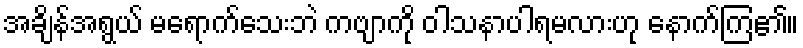
အချိန်အရွယ် မရောက်သေးဘဲ ကဗျာကို ဝါသနာပါရမလားဟု နောက်ကြ၏။